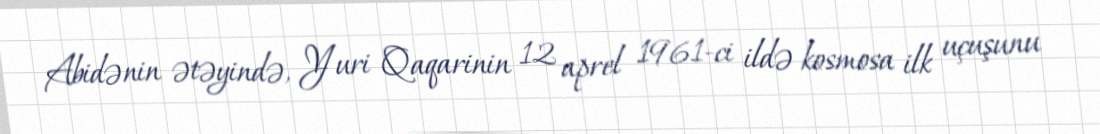
Abidənin ətəyində, Yuri Qaqarinin 12 aprel 1961-ci ildə kosmosa ilk uçuşunu